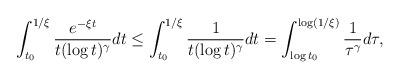
LaTeX: \begin{align*}\int^{1/\xi }_{t_0}\frac{e^{-\xi t }}{t(\log t)^\gamma} dt \leq \int^{1/\xi }_{t_0}\frac{1}{t(\log t)^\gamma} dt =\int_{\log t_0}^{\log(1/\xi )} \frac{1}{\tau^\gamma} d\tau,\end{align*}